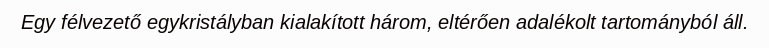
Egy félvezető egykristályban kialakított három, eltérően adalékolt tartományból áll.